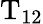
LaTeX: \mathrm{T}_{12}